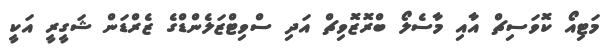
މަޓިއޯ ކޮވަސިޗް އާއި މާސެލޯ ބްރޮޒޮވިޗް އަދި ސްވިޓްޒަލެންޑްގެ ޒެރްޑަން ޝަގީރީ އަކީ